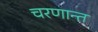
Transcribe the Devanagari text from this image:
चरणान्त